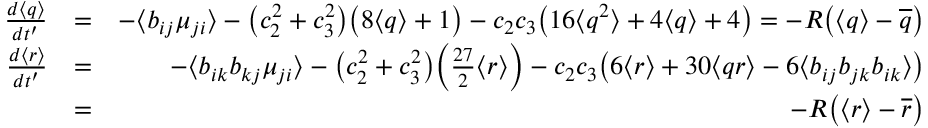
\begin{array} { r l r } { \frac { d \langle q \rangle } { d t ^ { \prime } } } & { = } & { - \langle b _ { i j } \mu _ { j i } \rangle - \big ( c _ { 2 } ^ { 2 } + c _ { 3 } ^ { 2 } \big ) \big ( 8 \langle q \rangle + 1 \big ) - c _ { 2 } c _ { 3 } \big ( 1 6 \langle q ^ { 2 } \rangle + 4 \langle q \rangle + 4 \big ) = - R \big ( \langle q \rangle - \overline { { q } } \big ) } \\ { \frac { d \langle r \rangle } { d t ^ { \prime } } } & { = } & { - \langle b _ { i k } b _ { k j } \mu _ { j i } \rangle - \big ( c _ { 2 } ^ { 2 } + c _ { 3 } ^ { 2 } \big ) \bigg ( \frac { 2 7 } { 2 } \langle r \rangle \bigg ) - c _ { 2 } c _ { 3 } \big ( 6 \langle r \rangle + 3 0 \langle q r \rangle - 6 \langle b _ { i j } b _ { j k } b _ { i k } \rangle \big ) } \\ & { = } & { - R \big ( \langle r \rangle - \overline { { r } } \big ) } \end{array}